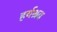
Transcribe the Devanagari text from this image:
हर्यश्रव